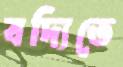
বদ্যিতে